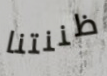
ظننتنا